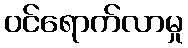
ဝင်ရောက်လာမှု